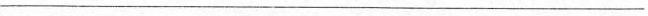
___